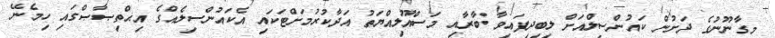
މިގާނޫނުގެ ދަށުން ކައުންސިލްއަށް ލިބިދިފައިވާ ބާރާއި މަސްއޫލިއްޔަތު އަދާކުރުމަށްޓަކައި އެކައުންސިލެއްގެ އިޙްތިޞާޞްގައި ހިމެނޭ